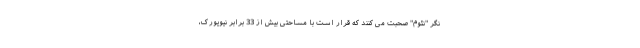
نگر "نئوم" صحبت می کنند که قرار است با مساحتی بیش از 33 برابر نیویورک،